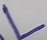
Text: L